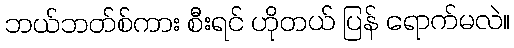
ဘယ်ဘတ်စ်ကား စီးရင် ဟိုတယ် ပြန် ရောက်မလဲ။